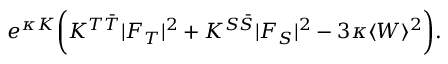
e ^ { \kappa K } \biggl ( K ^ { T \bar { T } } | F _ { T } | ^ { 2 } + K ^ { S \bar { S } } | F _ { S } | ^ { 2 } - 3 \kappa \langle W \rangle ^ { 2 } \biggr ) .